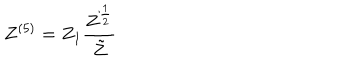
Z ^ { ( 5 ) } = Z _ { 1 } \frac { Z ^ { \frac { 1 } { 2 } } } { \tilde { Z } }